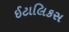
ઈટાલિકસ